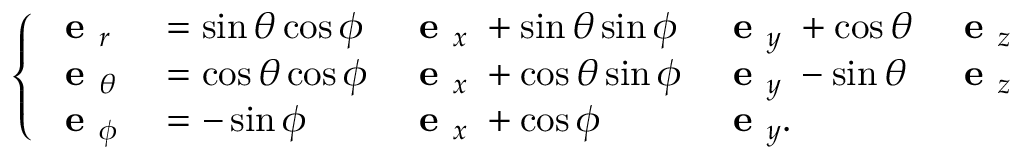
\left\{ \begin{array} { l l l l l } { \textbf { e } _ { r } \; } & { = \sin \theta \cos \phi } & { \textbf { e } _ { x } \; + \sin \theta \sin \phi } & { \textbf { e } _ { y } \; + \cos \theta } & { \textbf { e } _ { z } } \\ { \textbf { e } _ { \theta } \; } & { = \cos \theta \cos \phi } & { \textbf { e } _ { x } \; + \cos \theta \sin \phi } & { \textbf { e } _ { y } \; - \sin \theta } & { \textbf { e } _ { z } } \\ { \textbf { e } _ { \phi } \; } & { = - \sin \phi } & { \textbf { e } _ { x } \; + \cos \phi } & { \textbf { e } _ { y } . } & \end{array} \right.